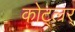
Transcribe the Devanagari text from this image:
कोट्ल्रर्